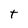
Character: t